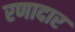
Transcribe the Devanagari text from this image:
रणादार